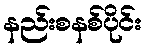
နည်းစနစ်ပိုင်း